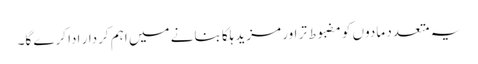
یہ متعدد مادوں کو مضبوط تر اور مزید ہلکا بنانے میں اہم کردار ادا کرے گا۔